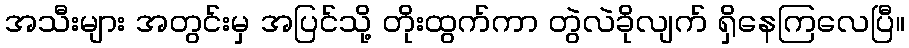
အသီးများ အတွင်းမှ အပြင်သို့ တိုးထွက်ကာ တွဲလဲခိုလျက် ရှိနေကြလေပြီ။